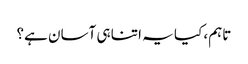
تاہم، کیا یہ اتنا ہی آسان ہے؟